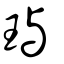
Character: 璵